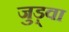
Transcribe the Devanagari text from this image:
जुड़्वा